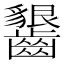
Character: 𱌦